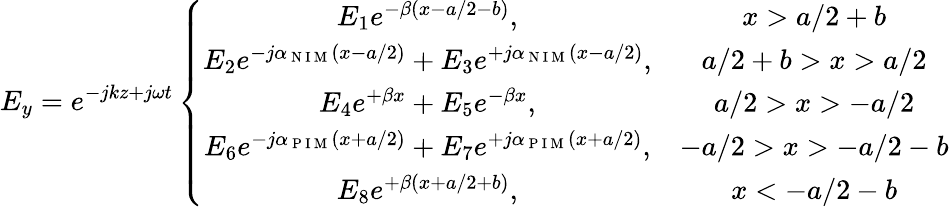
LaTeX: E_{y}=e^{-jkz+j\omega t}\left\{ \begin{array}{cc}{E_{1}e^{-\beta(x-a/2-b)},}&{x>a/2+b}\\ {E_{2}e^{-j\alpha_{\mathrm{~N~I~M~}}(x-a/2)}+E_{3}e^{+j\alpha_{\mathrm{~N~I~M~}}(x-a/2)},}&{a/2+b>x>a/2}\\ {E_{4}e^{+\beta x}+E_{5}e^{-\beta x},}&{a/2>x>-a/2}\\ {E_{6}e^{-j\alpha_{\mathrm{~P~I~M~}}(x+a/2)}+E_{7}e^{+j\alpha_{\mathrm{~P~I~M~}}(x+a/2)},}&{-a/2>x>-a/2-b}\\ {E_{8}e^{+\beta(x+a/2+b)},}&{x<-a/2-b}\end{array}\right.